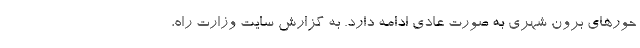
حورهای برون شهری به صورت عادی ادامه دارد. به گزارش سایت وزارت راه،